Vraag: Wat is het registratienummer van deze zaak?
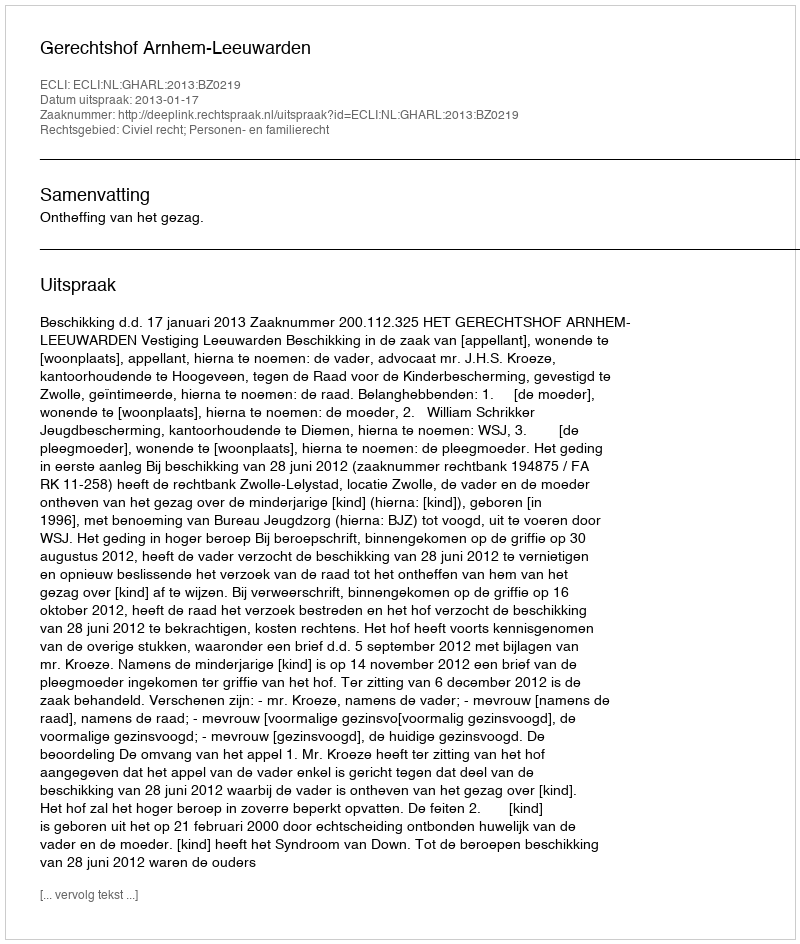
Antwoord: http://deeplink.rechtspraak.nl/uitspraak?id=ECLI:NL:GHARL:2013:BZ0219